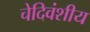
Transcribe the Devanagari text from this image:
चेदिवंशीय